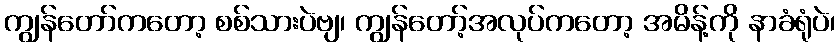
ကျွန်တော်ကတော့ စစ်သားပဲဗျ၊ ကျွန်တော့်အလုပ်ကတော့ အမိန့်ကို နာခံရုံပဲ၊